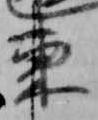
東